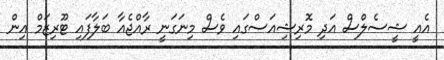
އެއީ ޝީސެލްސް އަދި މޮރިޝިއަސްގައި ވެސް މިނަގަނީ ރާއްޖެއާ ބަލާފައި ޓޫރިޒަމް އިން